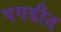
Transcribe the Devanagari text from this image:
पगडीत